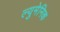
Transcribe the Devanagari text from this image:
ल्युमेनिक